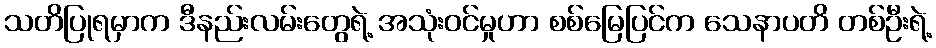
သတိပြုရမှာက ဒီနည်းလမ်းတွေရဲ့ အသုံးဝင်မှုဟာ စစ်မြေပြင်က သေနာပတိ တစ်ဦးရဲ့